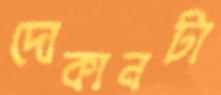
দোকানটা